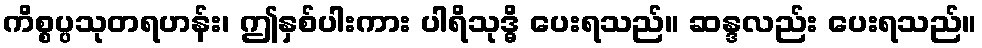
ကိစ္စပ္ပသုတရဟန်း၊ ဤနှစ်ပါးကား ပါရိသုဒ္ဓိ ပေးရသည်။ ဆန္ဒလည်း ပေးရသည်။